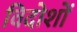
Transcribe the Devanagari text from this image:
विदोशों